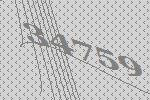
34759